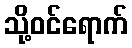
သို့ဝင်ရောက်